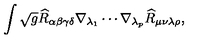
\int \sqrt { g } \widehat { R } _ { \alpha \beta \gamma \delta } \nabla _ { \lambda _ { 1 } } \cdots \nabla _ { \lambda _ { p } } \widehat { R } _ { \mu \nu \lambda \rho } ,